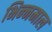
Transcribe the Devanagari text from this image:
भिन्‍नमाल